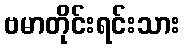
ဗမာတိုင်းရင်းသား